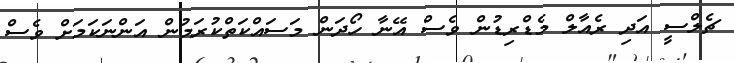
ޗެލްސީ އަދި ރެއާލް މެޑްރިޑުން ވެސް އޭނާ ހޯދަން މަސައްކަތްކުރަމުން އަންނަކަމަށް ވެސް